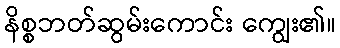
နိစ္စဘတ်ဆွမ်းကောင်း ကျွေး၏။